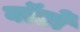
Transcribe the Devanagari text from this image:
वॉर्डो